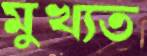
মুখ্যত